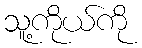
သူ့ကိုယ်ကို